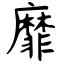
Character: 靡